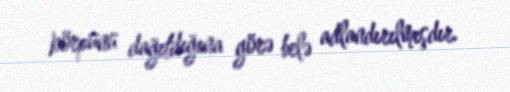
körpünü dağıtdığına görə belə adlandırılmışdır.